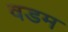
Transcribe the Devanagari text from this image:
वडम